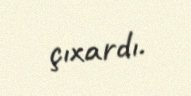
çıxardı.